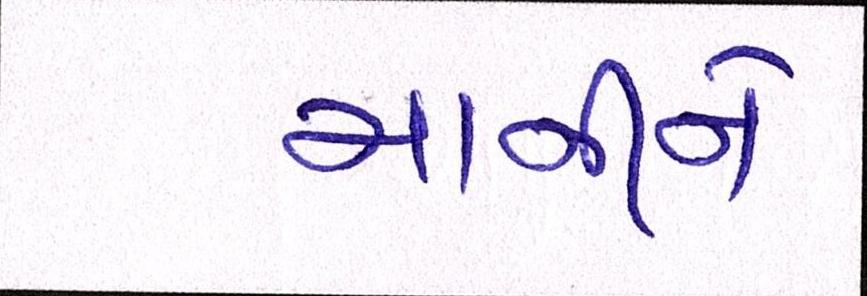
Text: માનીને